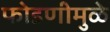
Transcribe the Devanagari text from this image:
फोडणीमुळे